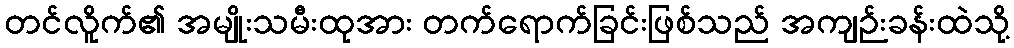
တင်လိူက်၏ အမျိုးသမီးထုအား တက်ရောက်ခြင်းဖြစ်သည် အကျဉ်းခန်းထဲသို့